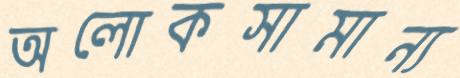
অলোকসামান্য